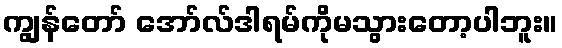
ကျွန်တော် အော်လ်ဒါရမ်ကိုမသွားတော့ပါဘူး။